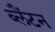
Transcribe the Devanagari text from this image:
ब्लैंटन